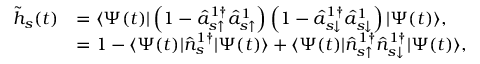
\begin{array} { r l } { \tilde { h } _ { s } ( t ) } & { = \langle \Psi ( t ) | \left( 1 - \hat { a } _ { s \uparrow } ^ { 1 \dagger } \hat { a } _ { s \uparrow } ^ { 1 } \right) \left( 1 - \hat { a } _ { s \downarrow } ^ { 1 \dagger } \hat { a } _ { s \downarrow } ^ { 1 } \right) | \Psi ( t ) \rangle , } \\ & { = 1 - \langle \Psi ( t ) | \hat { n } _ { s } ^ { 1 \dagger } | \Psi ( t ) \rangle + \langle \Psi ( t ) | \hat { n } _ { s \uparrow } ^ { 1 \dagger } \hat { n } _ { s \downarrow } ^ { 1 \dagger } | \Psi ( t ) \rangle , } \end{array}